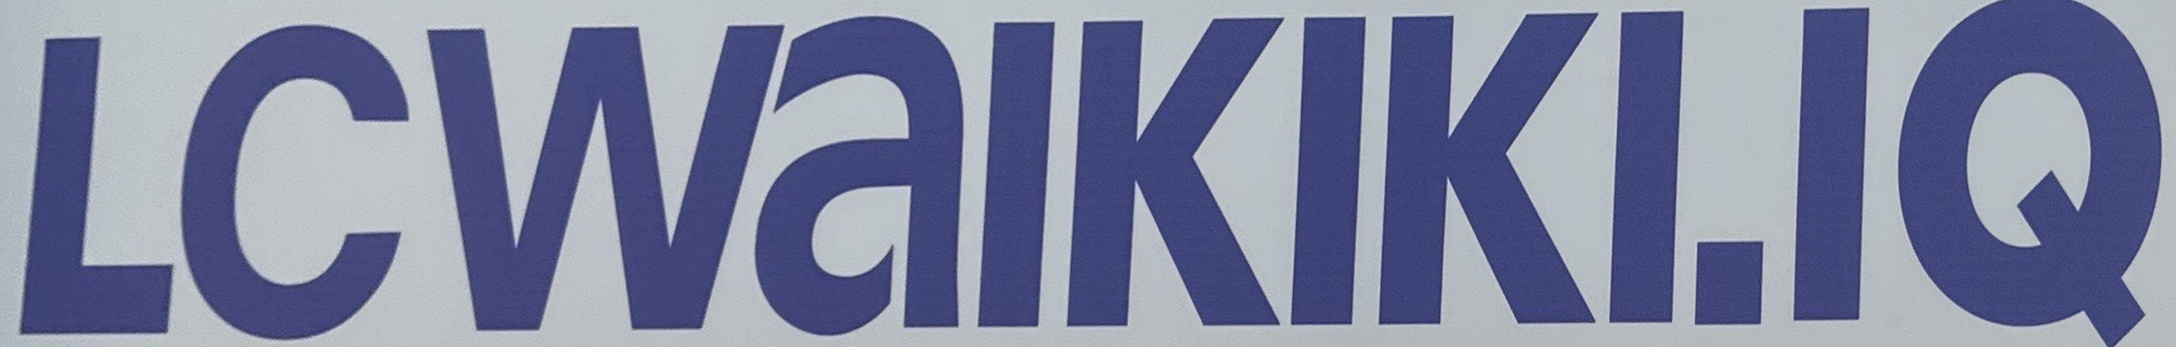
LCWaIKIKI.IQ